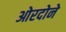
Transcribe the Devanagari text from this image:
ओरदोने